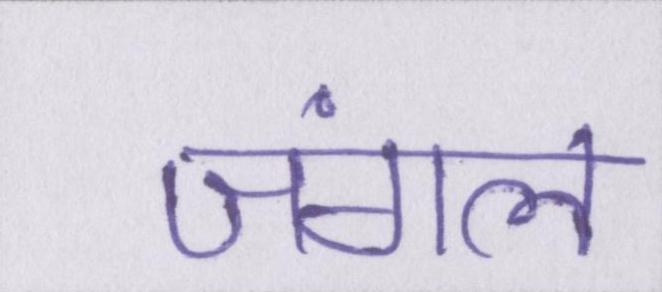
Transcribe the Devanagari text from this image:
जंगल